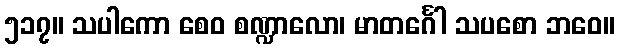
၅၁၇။ သပါကော စေဝ စဏ္ဍာလော၊ မာတင်္ဂေါ သပစော ဘဝေ။